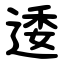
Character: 逶